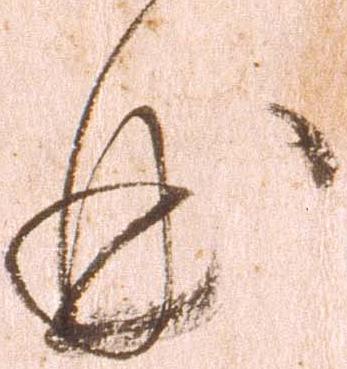
曲